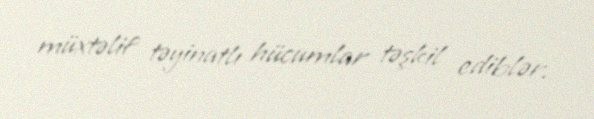
müxtəlif təyinatlı hücumlar təşkil ediblər.